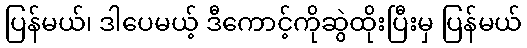
ပြန်မယ်၊ ဒါပေမယ့် ဒီကောင့်ကိုဆွဲထိုးပြီးမှ ပြန်မယ်